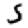
Digit: 5